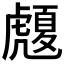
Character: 𧈄